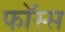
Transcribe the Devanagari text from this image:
फॉस्स